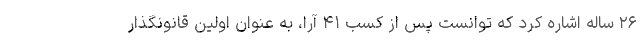
۲۶ ساله اشاره کرد که توانست پس از کسب ۴۱ آرا، به عنوان اولین قانونگذار